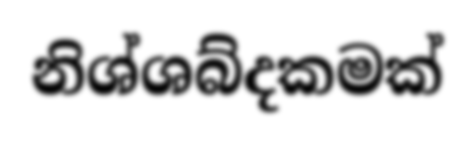
නිශ්ශබ්දකමක්